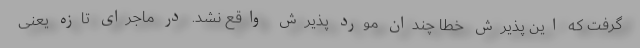
گرفت که این پذیرش خطا چندان مورد پذیرش واقع نشد. در ماجرای تازه یعنی